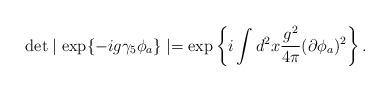
LaTeX: \begin{align*}\det\mid\exp\{-ig\gamma_5\phi_a\}\mid = \exp\left\{i\int d^2 x \frac{g^2}{4\pi}(\partial\phi_a)^2\right\}.\end{align*}